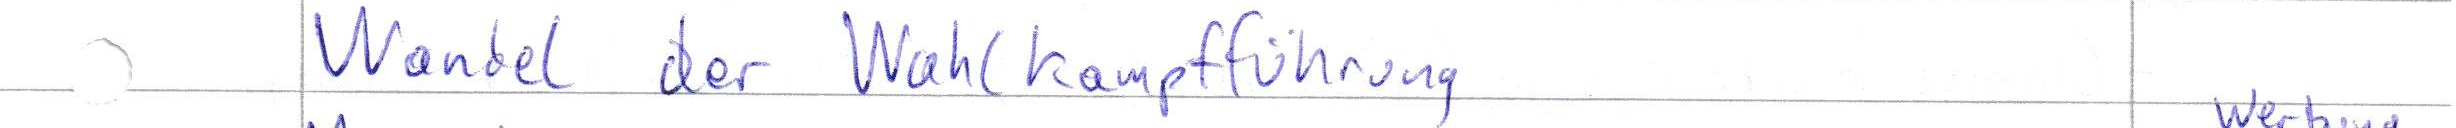
Wandel der Wahlkampfführung